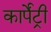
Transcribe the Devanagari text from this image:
कार्पेंट्री